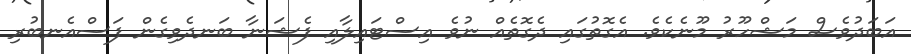
އަބަދުވެސް މަޝްހޫރު މޫނެކެވެ. އެގޮތުގައި ދެގޮތެއް ނުވެ އިސްޓައިލާއި ފެޝަނާ ބަނދެވިގެން ފަސްއެނބުރި